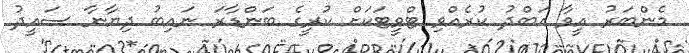
މެންބަރު އީވާ އަބްދު ކުރެއްވި ޓްވީޓަކަށް ކުރީގެ ބަންޑާރަ ނައިބު ދިޔާނާ ސައީދު